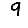
Digit: 9